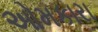
ઓમકારા